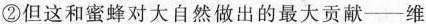
②但这和蜜蜂对大自然做出的最大贡献—维